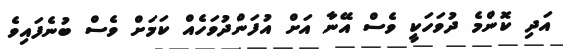
އަދި ކޮންމެ ދުވަހަކީ ވެސް އޭނާ އަށް އުފަންދުވަހެއް ކަމަށް ވެސް ބުނެފައިވެ